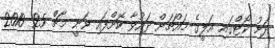
ދަށު ކޯޓްގައި އަލީގެ މައްޗަށް ދައުވާ ކޮށްފައި ވަނީ މާޗް 25 2010